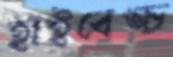
হাইবেঙ্চ